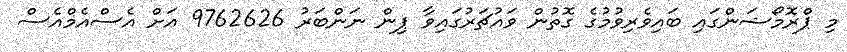
މި ޕްރޮމޯޝަންގައި ބައިވެރިވުމުގެ ގޮތުން ވައުޗަރުގައިވާ ޕިން ނަންބަރު 9762626 އަށް އެސްއެމްއެސް